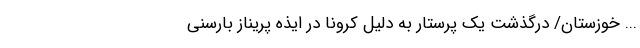
... خوزستان/ درگذشت یک پرستار به دلیل کرونا در ایذه پریناز بارسنی